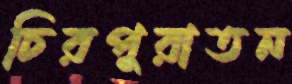
চিরপুরাতন